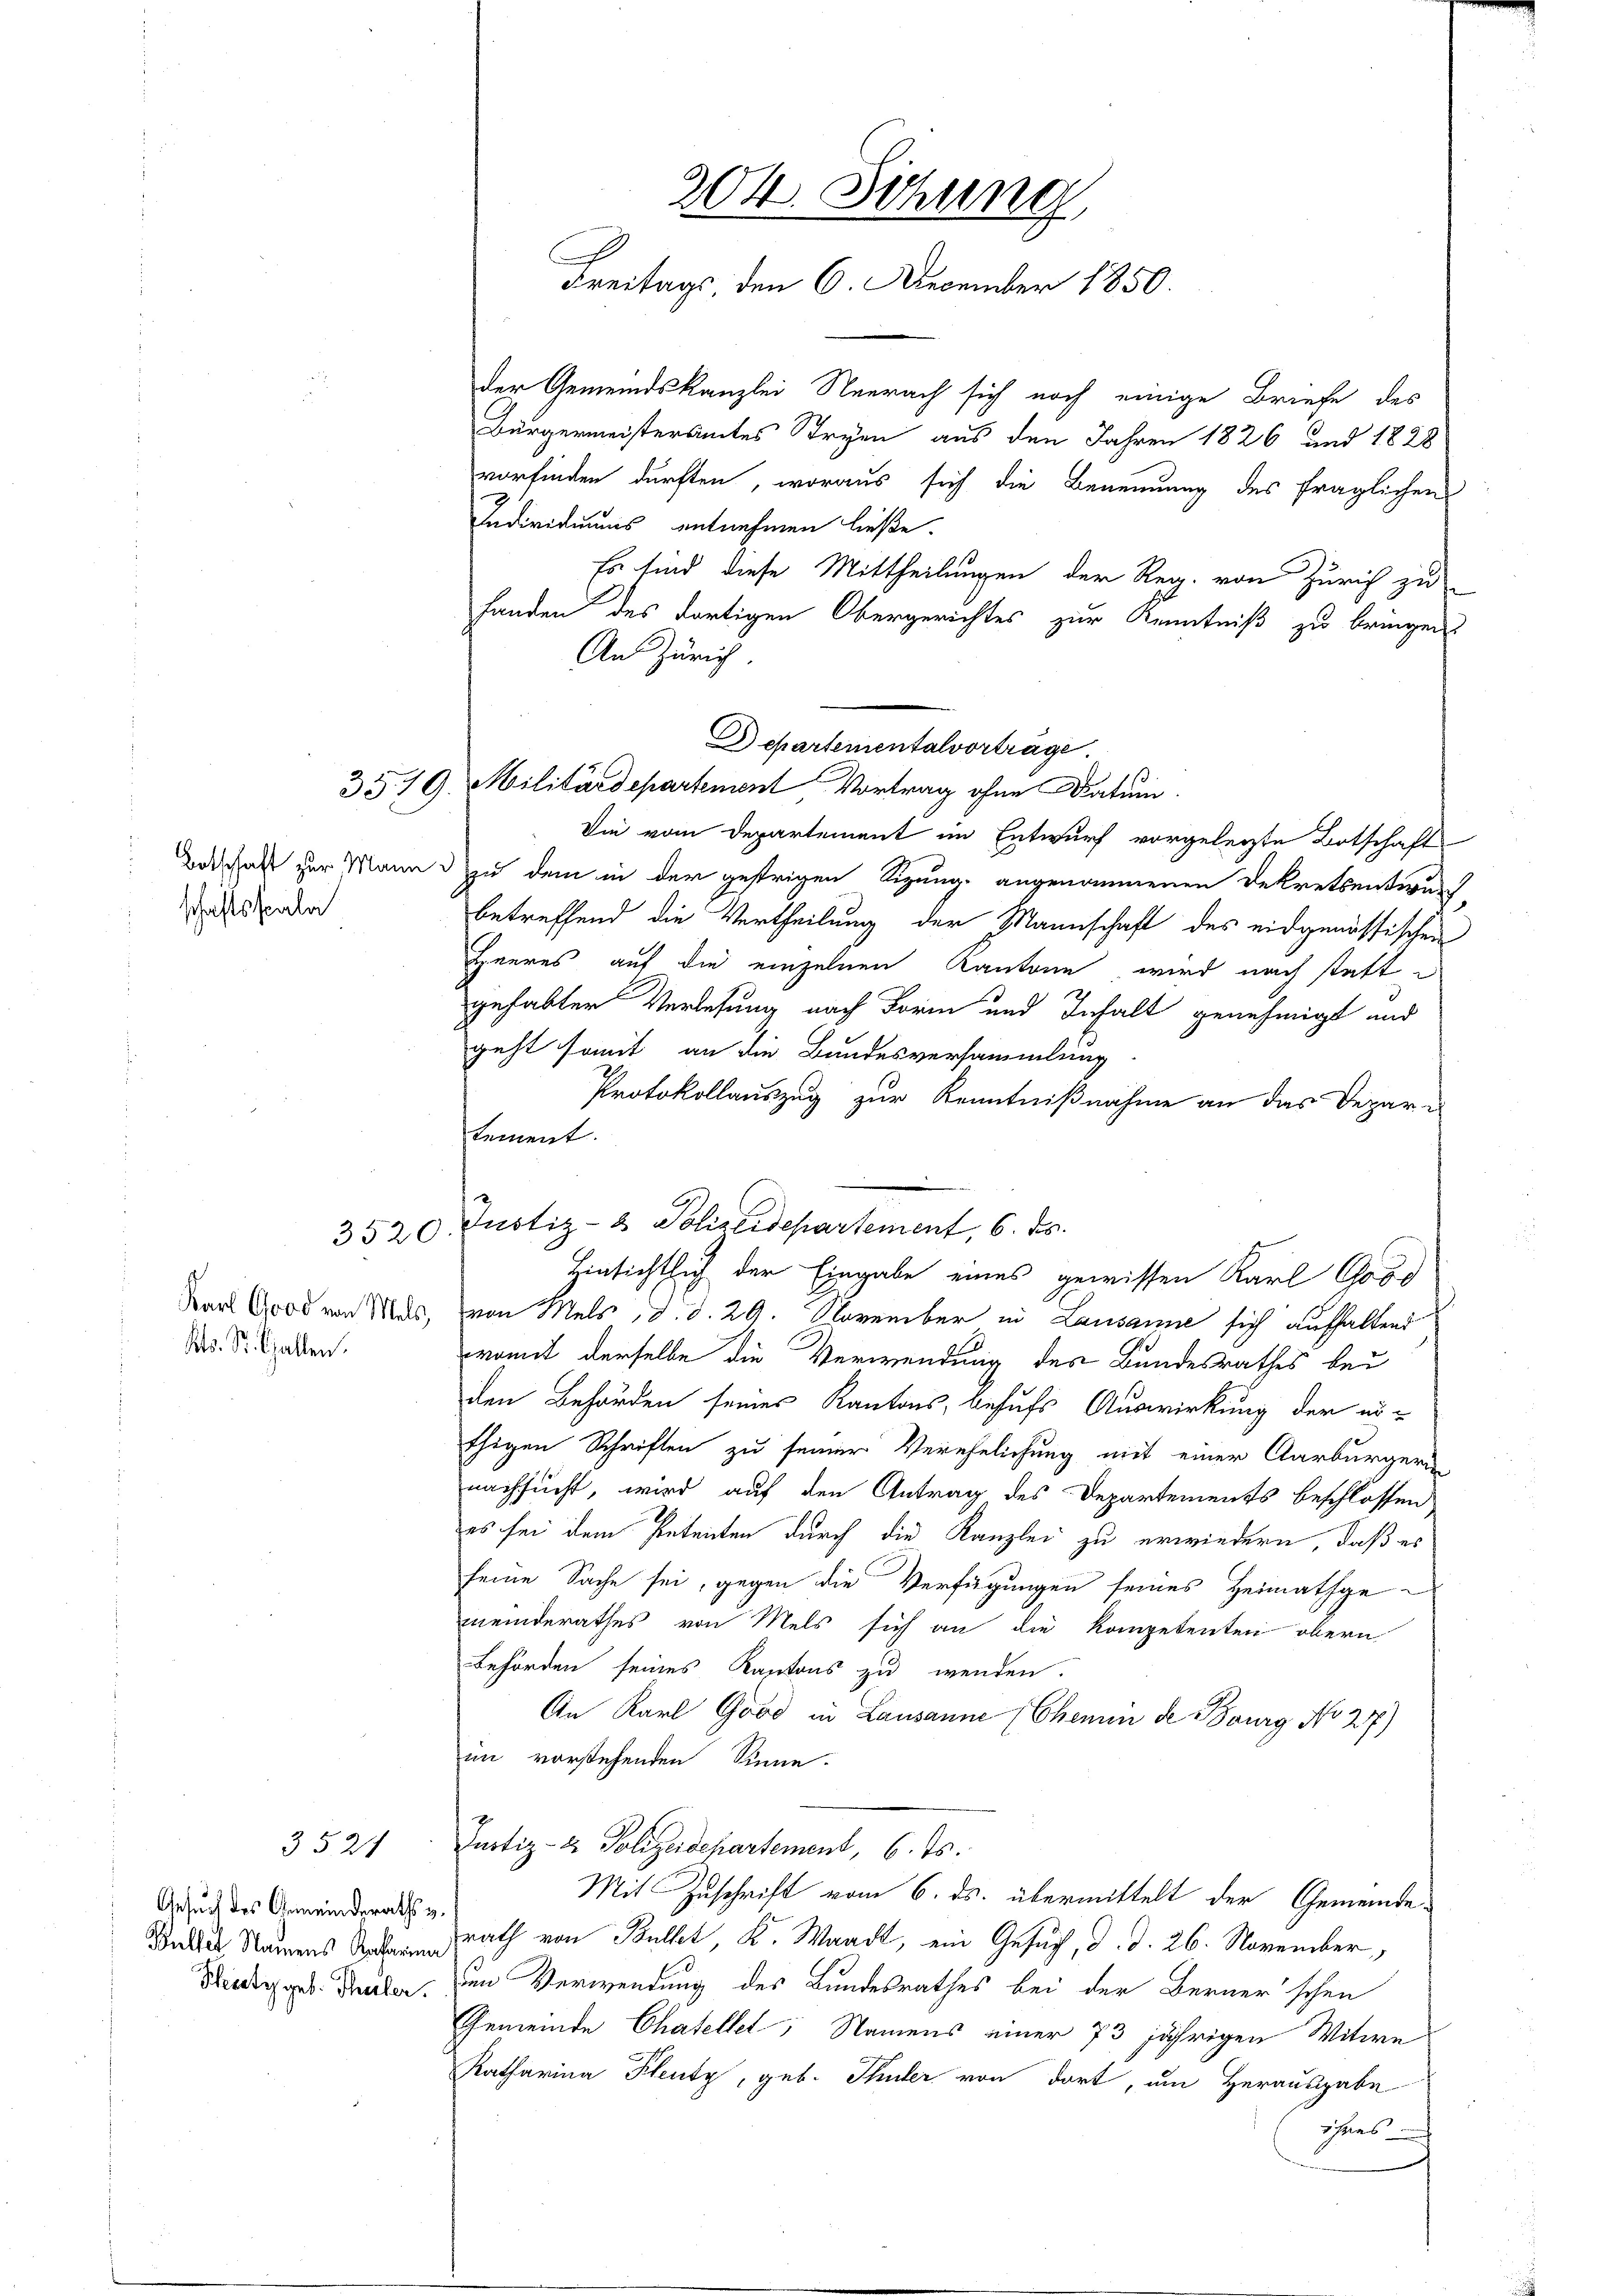
schaftssaale

3520

Kts. St. Gallen.

3521

Gesuch des Gemeinderaths z.
Phity geb. Thaler.

204. Sitzung,
Freitags den 6. December 1850.

der Gemeindskanzlei Neerach sich noch einige Briefe des
Bürgermeisteramtes Stryen aus den Jahren 1826 und 1828
vorfinden dürften, woraus sich die Benennung des fraglichen
Individuums entnehmen ließe.
Es sind diese Mittheilungen der Reg. von Zürich zu
handen des dortigen Obergerichtes zur Kenntniß zu bringen.
An Zürich.
Departementalvorträge.
Die vom Departement im Entwurf vorgelegte Botschaft
Basel zur Mann zu dem in der gestrigen Sizung angenommenen Dekretsentwur
betreffend die Vertheilung der Mannschaft des eidgenössischen
Heeres auf die einzelnen Kantone, wird nach stattgehabter Verlesung nach Form und Inhalt genehmigt und
geht somit an die Bundesversammlung
Protokollauszug zur Kenntnißnahme an das Departement.
Hinsichtlich der Eingabe eines gewissen Karl Good
Karl Good von Was, von Mels, d. d. 29. November in Lausanne sich aufhaltend
womit derselbe die Verwendung des Bundesrathes bei
den Behörden seines Kantons, behufs Auswirkung der er-
thigen Schriften zu seiner Verehelichung mit einer Aarburgerin-
nachsucht, wird auf den Antrag des Departements beschlossen
es sei dem Petenten durch die Kanzlei zu erwiedern, daß es
seine Sache sei, gegen die Verfügungen seines Heimathgemeinderathes von Mels sich an die Kompetenten obern
Behörden seines Kantons zu wenden.
An Karl Good in Lausanne (Chemin de Bourg No 27)
im vorstehenden Sinne.
Justiz- & Polizeidepartement, 6. Js.
Mit Zuschrift vom 6. ds. übermittelt der Gemeinde¬
Ber Namens Rath von Bullet, K. Waadt, ein Gesuch, d. d. 26. November,
dem Verwendung des Bundesrathes bei der Berner'schen
Gemeinde Chatellet, Namens einer 73 jährigen Witwe
Katharina Plenty, geb. Thuler von dort, um Herausgabe
ihans

3379. Militärdepartement Vortrag ohne Datum.

Justiz- & Polizeidepartement, 6. ds.